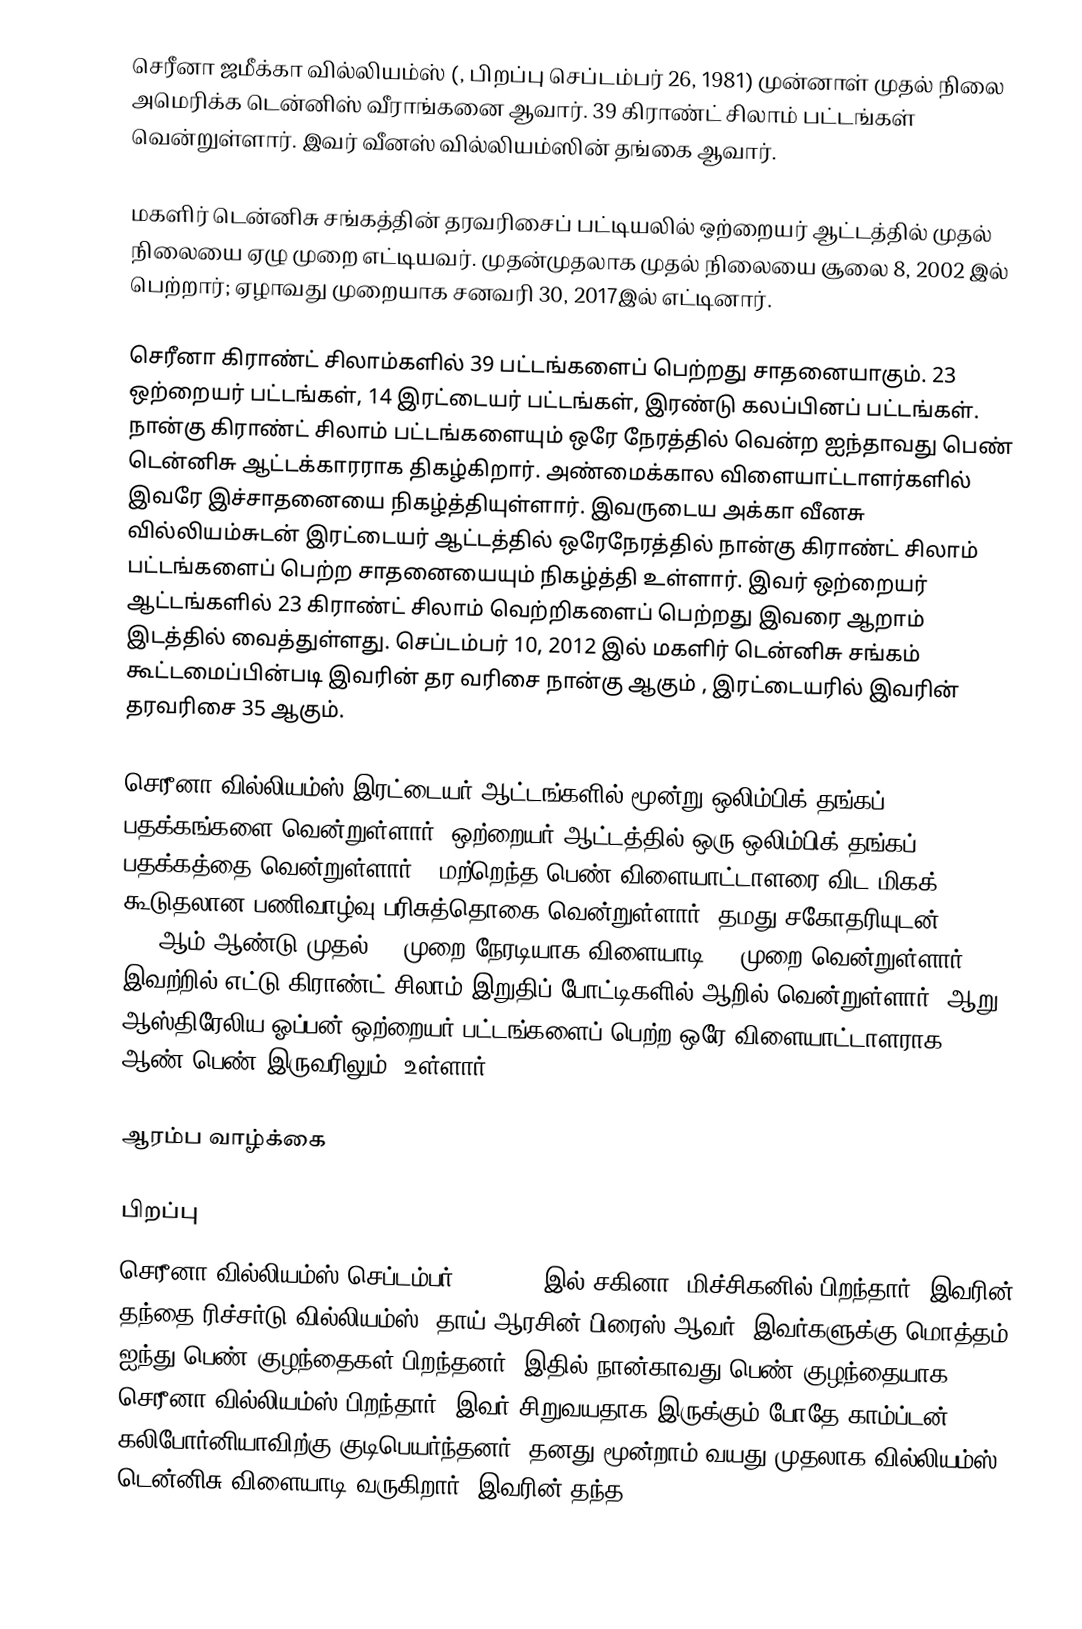
செரீனா ஜமீக்கா வில்லியம்ஸ் (, பிறப்பு செப்டம்பர் 26, 1981) முன்னாள் முதல் நிலை அமெரிக்க டென்னிஸ் வீராங்கனை ஆவார். 39 கிராண்ட் சிலாம் பட்டங்கள் வென்றுள்ளார். இவர் வீனஸ் வில்லியம்ஸின் தங்கை ஆவார்.

மகளிர் டென்னிசு சங்கத்தின் தரவரிசைப் பட்டியலில் ஒற்றையர் ஆட்டத்தில் முதல் நிலையை ஏழு முறை எட்டியவர். முதன்முதலாக முதல் நிலையை சூலை 8, 2002 இல் பெற்றார்; ஏழாவது முறையாக சனவரி 30, 2017இல் எட்டினார்.

செரீனா கிராண்ட் சிலாம்களில் 39 பட்டங்களைப் பெற்றது சாதனையாகும். 23 ஒற்றையர் பட்டங்கள், 14 இரட்டையர் பட்டங்கள், இரண்டு கலப்பினப் பட்டங்கள். நான்கு கிராண்ட் சிலாம் பட்டங்களையும் ஒரே நேரத்தில் வென்ற ஐந்தாவது பெண் டென்னிசு ஆட்டக்காரராக திகழ்கிறார். அண்மைக்கால விளையாட்டாளர்களில் இவரே இச்சாதனையை நிகழ்த்தியுள்ளார். இவருடைய அக்கா வீனசு வில்லியம்சுடன் இரட்டையர் ஆட்டத்தில் ஒரேநேரத்தில் நான்கு கிராண்ட் சிலாம் பட்டங்களைப் பெற்ற சாதனையையும் நிகழ்த்தி உள்ளார். இவர் ஒற்றையர் ஆட்டங்களில் 23 கிராண்ட் சிலாம் வெற்றிகளைப் பெற்றது இவரை ஆறாம் இடத்தில் வைத்துள்ளது. செப்டம்பர் 10, 2012 இல் மகளிர் டென்னிசு சங்கம் கூட்டமைப்பின்படி இவரின் தர வரிசை நான்கு ஆகும் , இரட்டையரில் இவரின் தரவரிசை 35 ஆகும்.

செரீனா வில்லியம்ஸ் இரட்டையர் ஆட்டங்களில் மூன்று ஒலிம்பிக் தங்கப் பதக்கங்களை வென்றுள்ளார். ஒற்றையர் ஆட்டத்தில் ஒரு ஒலிம்பிக் தங்கப் பதக்கத்தை வென்றுள்ளார் . மற்றெந்த பெண் விளையாட்டாளரை விட மிகக் கூடுதலான பணிவாழ்வு பரிசுத்தொகை வென்றுள்ளார். தமது சகோதரியுடன் 1998ஆம் ஆண்டு முதல் 23 முறை நேரடியாக விளையாடி 13 முறை வென்றுள்ளார்.  இவற்றில் எட்டு கிராண்ட் சிலாம் இறுதிப் போட்டிகளில் ஆறில் வென்றுள்ளார். ஆறு ஆஸ்திரேலிய ஓப்பன் ஒற்றையர் பட்டங்களைப் பெற்ற ஒரே விளையாட்டாளராக, ஆண்/பெண் இருவரிலும், உள்ளார்.

ஆரம்ப வாழ்க்கை

பிறப்பு
செரீனா வில்லியம்ஸ் செப்டம்பர் 26, 1981 இல் சகினா, மிச்சிகனில் பிறந்தார். இவரின் தந்தை ரிச்சர்டு வில்லியம்ஸ், தாய் ஆரசின் பிரைஸ் ஆவர். இவர்களுக்கு மொத்தம் ஐந்து பெண் குழந்தைகள் பிறந்தனர். இதில் நான்காவது பெண் குழந்தையாக செரீனா வில்லியம்ஸ் பிறந்தார். இவர் சிறுவயதாக இருக்கும் போதே காம்ப்டன், கலிபோர்னியாவிற்கு குடிபெயர்ந்தனர். தனது மூன்றாம் வயது முதலாக வில்லியம்ஸ் டென்னிசு விளையாடி வருகிறார். இவரின் தந்த